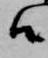
候